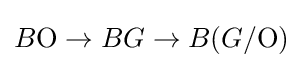
B{\textrm {O}}\to BG\to B(G/{\textrm {O}})